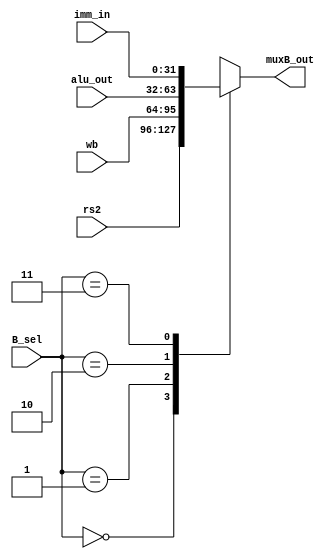
module mux_B (input [31:0] rs2, wb, alu_out, imm_in,
              input [1:0] B_sel,
              output reg [31:0] muxB_out);
always @(B_sel, wb, alu_out, rs2, imm_in) begin
  case (B_sel)
    2'b00: muxB_out= rs2;
    2'b01: muxB_out= wb;
    2'b10: muxB_out= alu_out;
    2'b11: muxB_out= imm_in;
    default:;
  endcase
end
endmodule